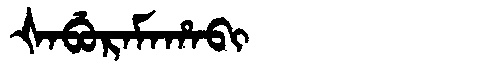
Manchu: ᡧᠠᠪᡠᡵᠠᠮᠠᡥᠠᠪᡳ
Romanization: ŠABURAMAHABI